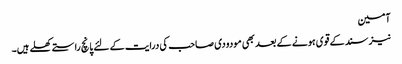
آمین
نیز سند کے قوی ہونے کے بعد بھی مودودی صاحب کی درایت کے لئے پانچ راستےکھلے ہیں۔